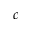
c